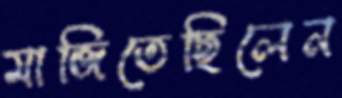
মাজিতেছিলেন